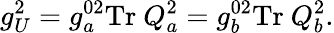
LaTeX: g_{U}^{2}=g_{a}^{02}\mathrm{Tr}~Q_{a}^{2}=g_{b}^{02}\mathrm{Tr}~Q_{b}^{2}.